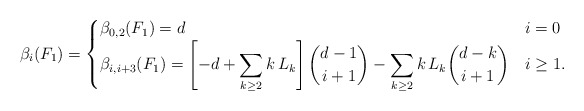
\begin{align*} \beta_i (F_1) = \begin{cases} \beta_{0, 2} (F_1) = d & i = 0 \\\beta_{i, i+3} (F_1) = {\displaystyle \left [-d + \sum_{k \ge 2} k \, L_k \right ] \binom{d-1}{i+1} - \sum_{k \ge 2} k \, L_k \binom{d - k}{i+1} } & i \ge 1. \end{cases} \end{align*}